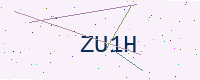
Text: ZU1H